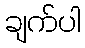
ချက်ပါ